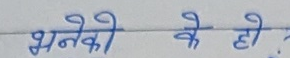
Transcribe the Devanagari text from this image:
भनेकी के हो ?